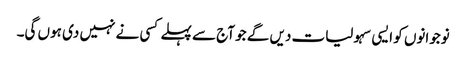
نوجوانوں کو ایسی سہولیات دیں گے جو آج سے پہلے کسی نے نہیں دی ہوں گی۔